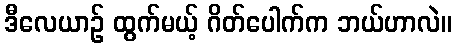
ဒီလေယာဉ် ထွက်မယ့် ဂိတ်ပေါက်က ဘယ်ဟာလဲ။